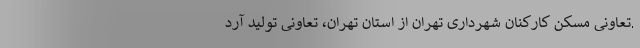
.تعاونی مسکن کارکنان شهرداری تهران از استان تهران، تعاونی تولید آرد